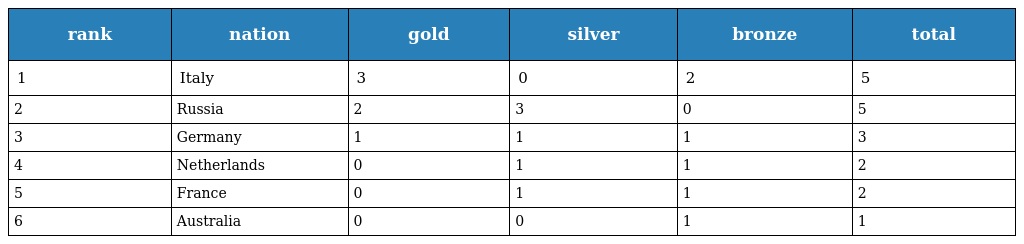
| rank | nation | gold | silver | bronze | total |
 | --- | --- | --- | --- | --- | --- |
 | 1 | Italy | 3 | 0 | 2 | 5 |
 | 2 | Russia | 2 | 3 | 0 | 5 |
 | 3 | Germany | 1 | 1 | 1 | 3 |
 | 4 | Netherlands | 0 | 1 | 1 | 2 |
 | 5 | France | 0 | 1 | 1 | 2 |
 | 6 | Australia | 0 | 0 | 1 | 1 |